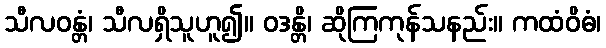
သီလဝန္တံ၊ သီလရှိသူဟူ၍။ ဝဒန္တိ၊ ဆိုကြကုန်သနည်း။ ကထံဝိဓံ၊